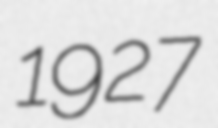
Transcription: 1927